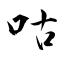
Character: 咕